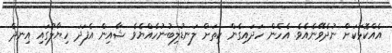
އެއްކޮޅަކަށް ނުދެވޭނެއެވެ. އެހެން ހަދައިގެން ކިތަށް ލަނޑުލިބުނުހެއްޔެވެ ޝާއިން އެފަދަ ހިޔާލުގައި އިނދެ